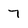
Character: 7